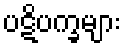
ပဋိပက္ခများ